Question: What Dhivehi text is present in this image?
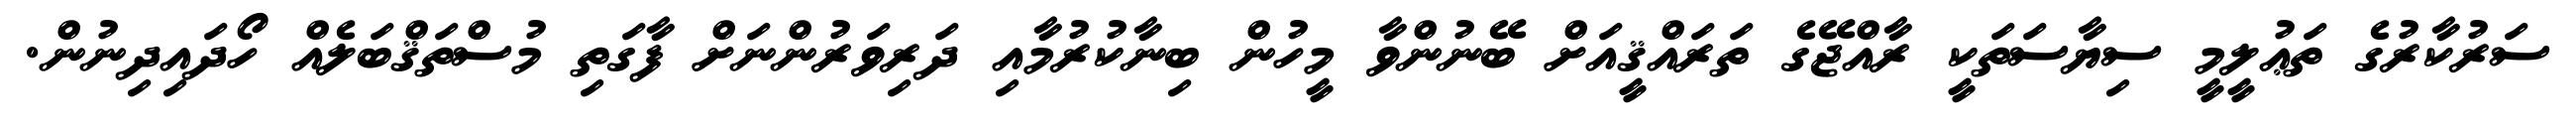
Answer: ސަރުކާރުގެ ތަޢުލީމީ ސިޔާސަތަކީ ރާއްޖޭގެ ތަރައްޤީއަށް ބޭނުންވާ މީހުން ބިނާކުރުމާއި ދަރިވަރުންނަށް ފާގަތި މުސްތަޤްބަލެއް ހޯދައިދިނުން.